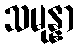
သမုန္နာ